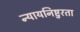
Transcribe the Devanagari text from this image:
न्यायनिष्टुरता